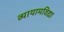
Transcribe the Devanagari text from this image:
व्यायामविद्या